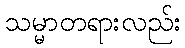
သမ္မာတရားလည်း